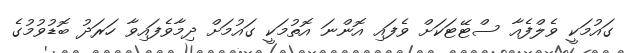
ގައުމަކީ ވެލްފެއާ ސްޓޭޓަކަށް ވެފައި އޮންނަ އޮތުމަކީ ގައުމަށް ދިމާވެފައިވާ ހަރަދު ބޮޑުވުމުގެ